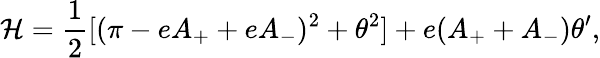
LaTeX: {\cal H}={\frac{1}{2}}[(\pi-eA_{+}+eA_{-})^{2}+\theta^{2}]+e(A_{+}+A_{-})\theta^{\prime},